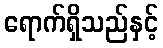
ရောက်ရှိသည်နှင့်